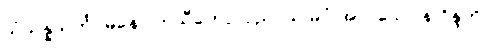
သံသန္နသင်္ကပ္ပမနော ကုသီတော၊ ပညာယ မဂ္ဂံ အလသော န ဝိန္ဒတိ။